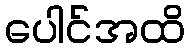
ပေါင်အထိ